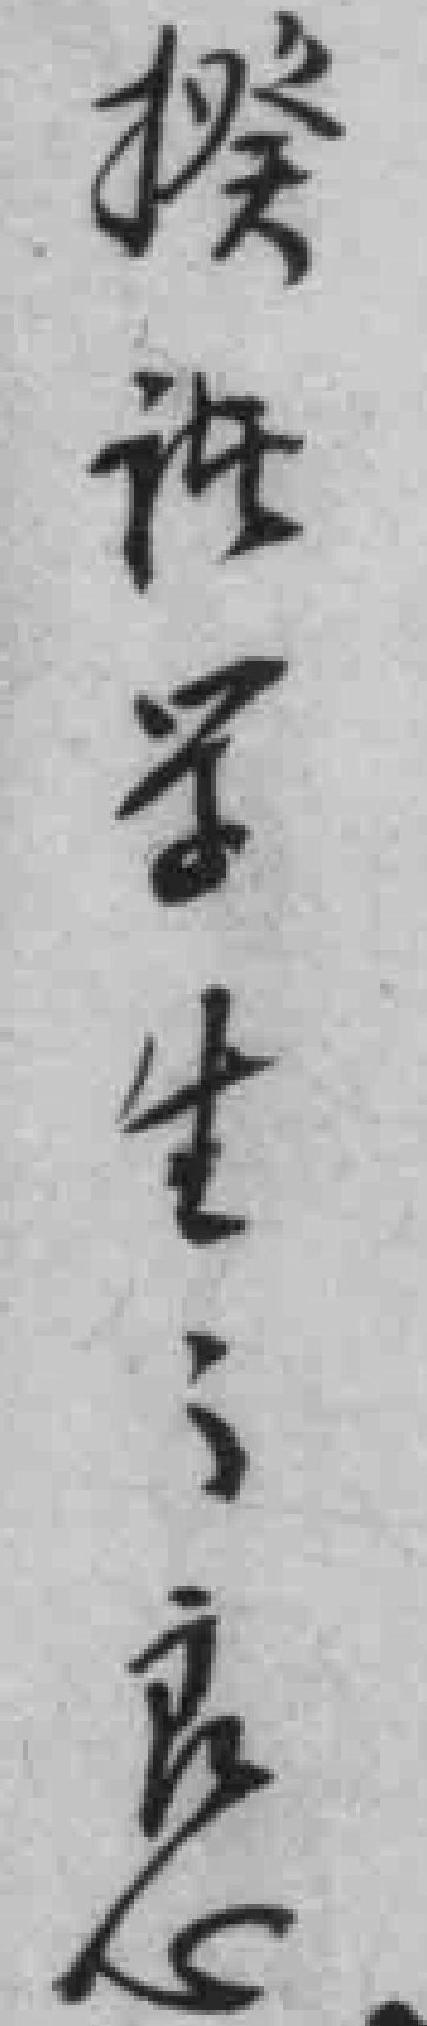
揆诸学生之良心